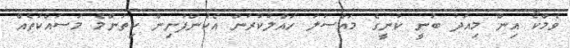
ވެމްކޯ އިން މިއަދު ބުނީ ކުނީގެ މައްސަލަ ހައްލުކުރަން އެކުންފުނިން ކިތަންމެ މަސައްކަތެއް